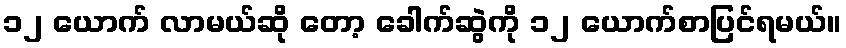
၁၂ ယောက် လာမယ်ဆို တော့ ခေါက်ဆွဲကို ၁၂ ယောက်စာပြင်ရမယ်။